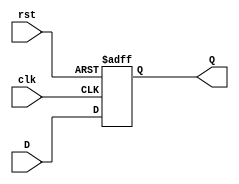
module DFF_risingEdge(D, clk, rst, Q);
    input D, clk, rst;
    output reg Q; 
    always @(posedge clk or posedge rst) begin
        if(rst)
            Q <= 1'b0; 
         else 
            Q <= D; 
     end 
endmodule